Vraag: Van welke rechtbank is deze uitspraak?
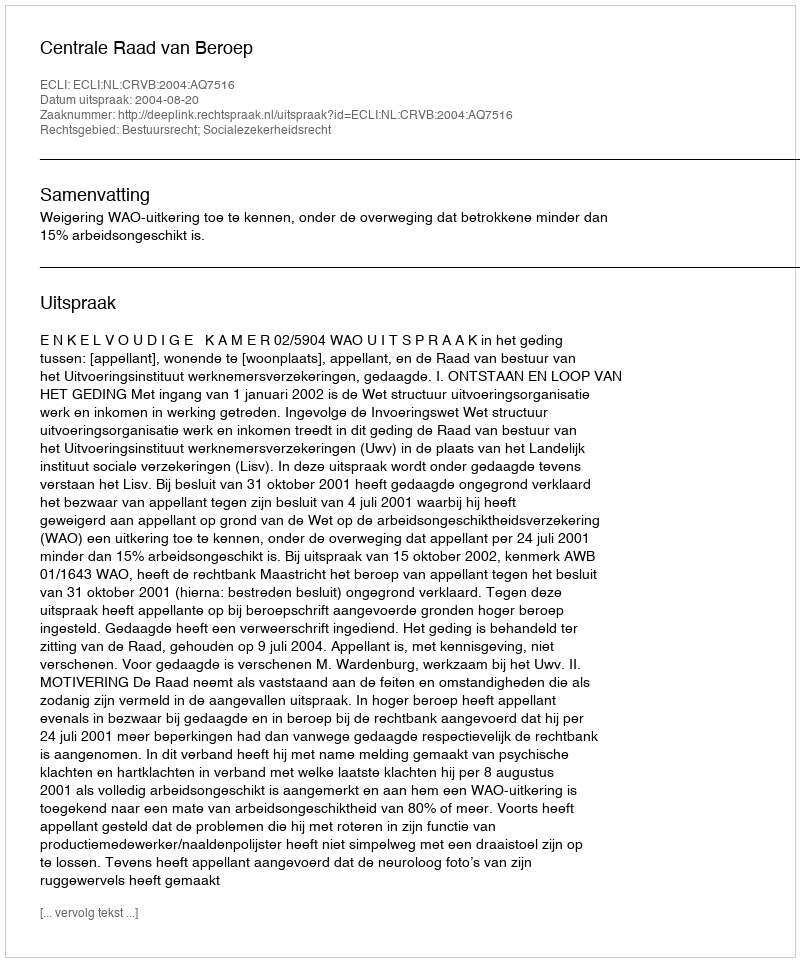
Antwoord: Centrale Raad van Beroep